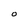
Character: O